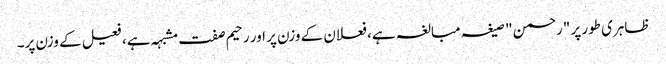
ظاہری طور پر "رحمن" صیغہ مبالغہ ہے، فعلان کے وزن پر اور رحیم صفت مشبہہ ہے، فعیل کے وزن پر۔